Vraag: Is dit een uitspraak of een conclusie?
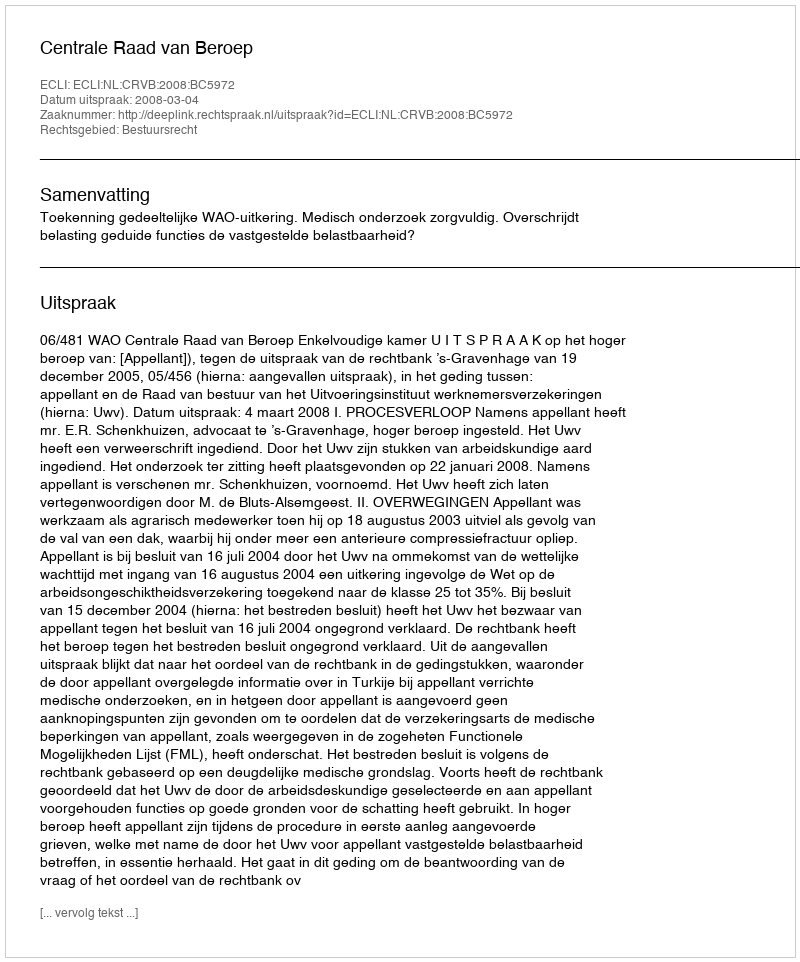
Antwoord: Uitspraak